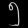
Digit: ၅